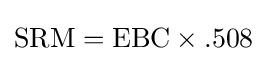
{\mbox{SRM}}={\mbox{EBC}}\times .508